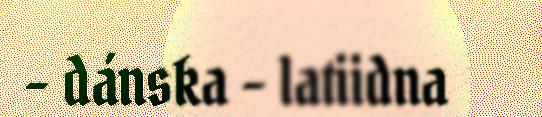
– dánska – latiidna